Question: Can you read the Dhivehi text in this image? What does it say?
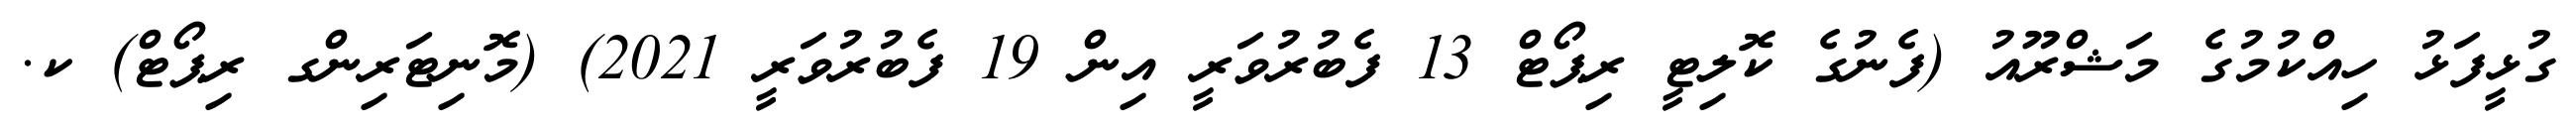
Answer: ގުޅީފަޅު ހިއްކުމުގެ މަޝްރޫއު (ފެނުގެ ކޮލިޓީ ރިޕޯޓް 13 ފެބުރުވަރީ އިން 19 ފެބުރުވަރީ 2021) (މޮނިޓަރިންގ ރިޕޯޓް) ކ.